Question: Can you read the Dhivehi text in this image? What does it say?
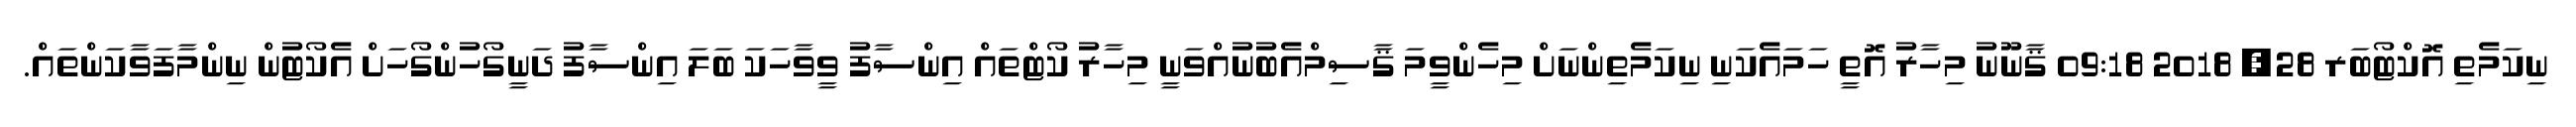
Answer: ނިކަމެތި އޮކްޓޯބަރ 28, 2018 09:18 ޤާނޫނު މިހާރު އޮތީ ހަމައެކަނި ނިކަމެތިންނަށް މިހެންވީމަ ޤާސިމްއެބުނުއްވަނީ މިހާރު ކޯޓްތައް އިންސާފު ވީވާހަކަ ބަލަ އިންސާފު ދަނީގޯހުންގޯހަށް އެކޯޓުން ނިންމާފަވާކަންތައް.